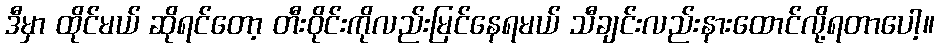
ဒီမှာ ထိုင်မယ် ဆိုရင်တော့ တီးဝိုင်းကိုလည်းမြင်နေရမယ် သီချင်းလည်းနားထောင်လို့ရတာပေါ့။